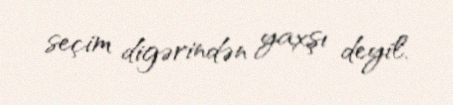
seçim digərindən yaxşı deyil.